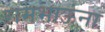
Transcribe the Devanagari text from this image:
रामभाऊंना